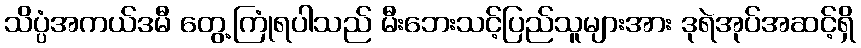
သိပ္ပံအကယ်ဒမီ တွေ့ကြုံရပါသည် မီးဘေးသင့်ပြည်သူများအား ဒုရဲအုပ်အဆင့်ရှိ